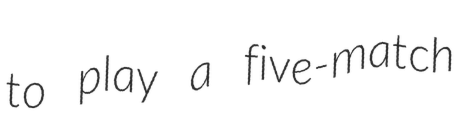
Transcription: to play a five-match